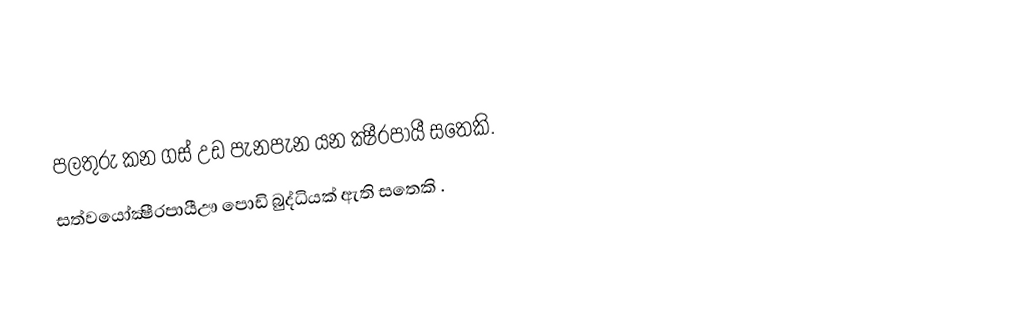
පලතුරු කන ගස් උඩ පැනපැන යන ක්‍ෂීරපායී සතෙකි.
සත්වයෝක්‍ෂීරපායීඌ පොඩි බුද්ධියක් ඇති සතෙකි .